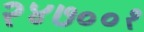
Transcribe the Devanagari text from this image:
२४७००१